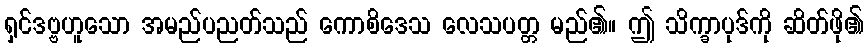
ရှင်ဒဗ္ဗဟူသော အမည်ပညတ်သည် ကောစိဒေသ လေသပတ္တ မည်၏။ ဤ သိက္ခာပုဒ်ကို ဆိတ်ဖို၏